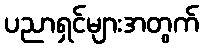
ပညာရှင်များအတွက်